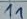
Text: 11